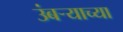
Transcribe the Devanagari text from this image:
उंबर्‍याच्या